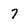
Character: 7